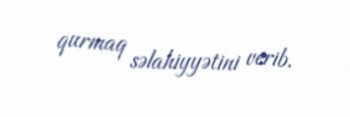
qurmaq səlahiyyətini verib.